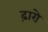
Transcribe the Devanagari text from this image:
ढ़ारो